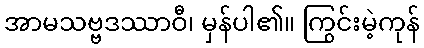
အာမသဗ္ဗဒဿာဝီ၊ မှန်ပါ၏။ ကြွင်းမဲ့ကုန်